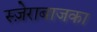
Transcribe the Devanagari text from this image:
स्ज़ेराबाजका